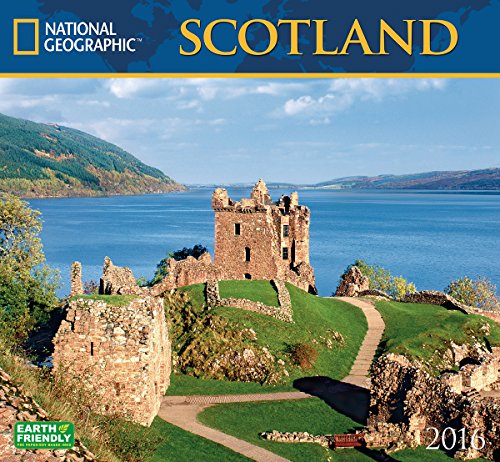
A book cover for Scotland National Geographic 2016 Wall Calendar; National Geographic Society; Travel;